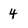
Character: 4